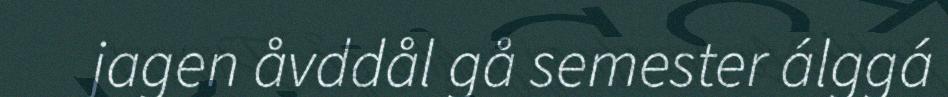
jagen åvddål gå semester álggá